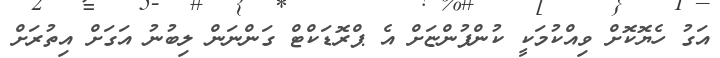
އަގު ހެޔޮކޮށް ވިއްކުމަކީ ކުންފުންޏަށް އެ ޕްރޮޑަކްޓް ގަންނަން ލިބުނު އަގަށް އިތުރަށް